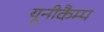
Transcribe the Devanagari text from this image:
यूनीकैम्प